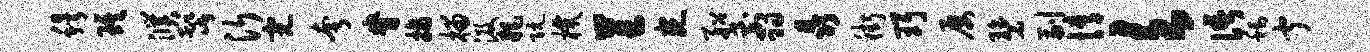
穆琪濮髭沂完夸脊摘榴汲耗阮机芒宛船翦晶街珥屡碧副情欠语称闻